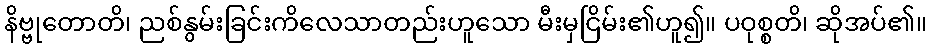
နိဗ္ဗုတောတိ၊ ညစ်နွမ်းခြင်းကိလေသာတည်းဟူသော မီးမှငြိမ်း၏ဟူ၍။ ပဝုစ္စတိ၊ ဆိုအပ်၏။